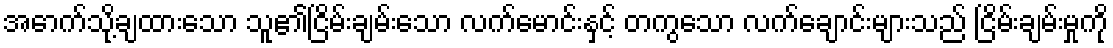
အောက်သို့ချထားသော သူ၏ငြိမ်းချမ်းသော လက်မောင်းနှင့် တကွသော လက်ချောင်းများသည် ငြိမ်းချမ်းမှုကို